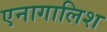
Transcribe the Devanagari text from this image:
एनागालिश